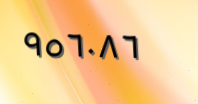
٩٥٦٠٨٦